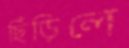
ছিঁড়িলে